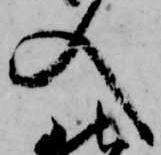
入